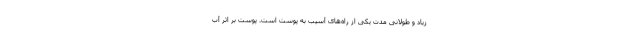
زیاد و طولانی مدت یکی از راه‌های آسیب به پوست است. پوست بر اثر آب